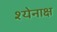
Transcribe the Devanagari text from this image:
श्येनाक्ष